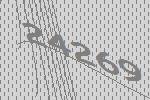
24269